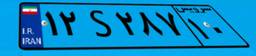
۱۲S۲۸۷۱۰